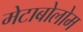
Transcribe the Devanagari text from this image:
मेटाबोलोम